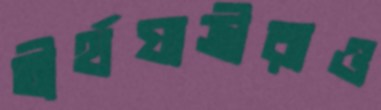
তীর্থযাত্রীরাও